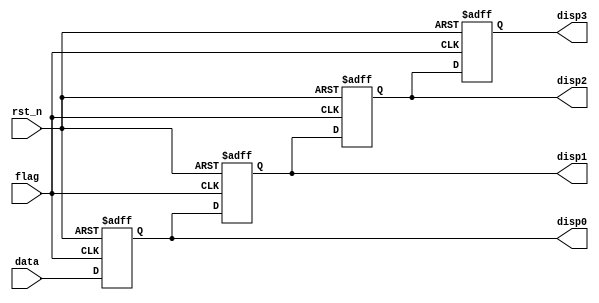
`timescale 1ns / 1ps
//////////////////////////////////////////////////////////////////////////////////
// Company: 
// Engineer: 
// 
// Design Name: 
// Module Name: PosedgeShift
// Project Name: 
// Target Devices: 
// Tool Versions: 
// Description: 
// 
// Dependencies: 
// 
// Revision:
// Revision 0.01 - File Created
// Additional Comments:
// 
//////////////////////////////////////////////////////////////////////////////////


module PosedgeShift(
    input wire rst_n,
    input wire flag,
    input wire [3:0] data,
    output reg [3:0] disp3, disp2, disp1, disp0
    );
    
always@(posedge flag, negedge rst_n)
   begin 
        if(!rst_n)
            begin
                disp3 = 4'b0;
                disp2 = 4'b0;
                disp1 = 4'b0;
                disp0 = 4'b0;
            end
       else
           begin
               disp3 = disp2;
               disp2 = disp1;
               disp1 = disp0;
               disp0 = data;
          end            
   end
endmodule